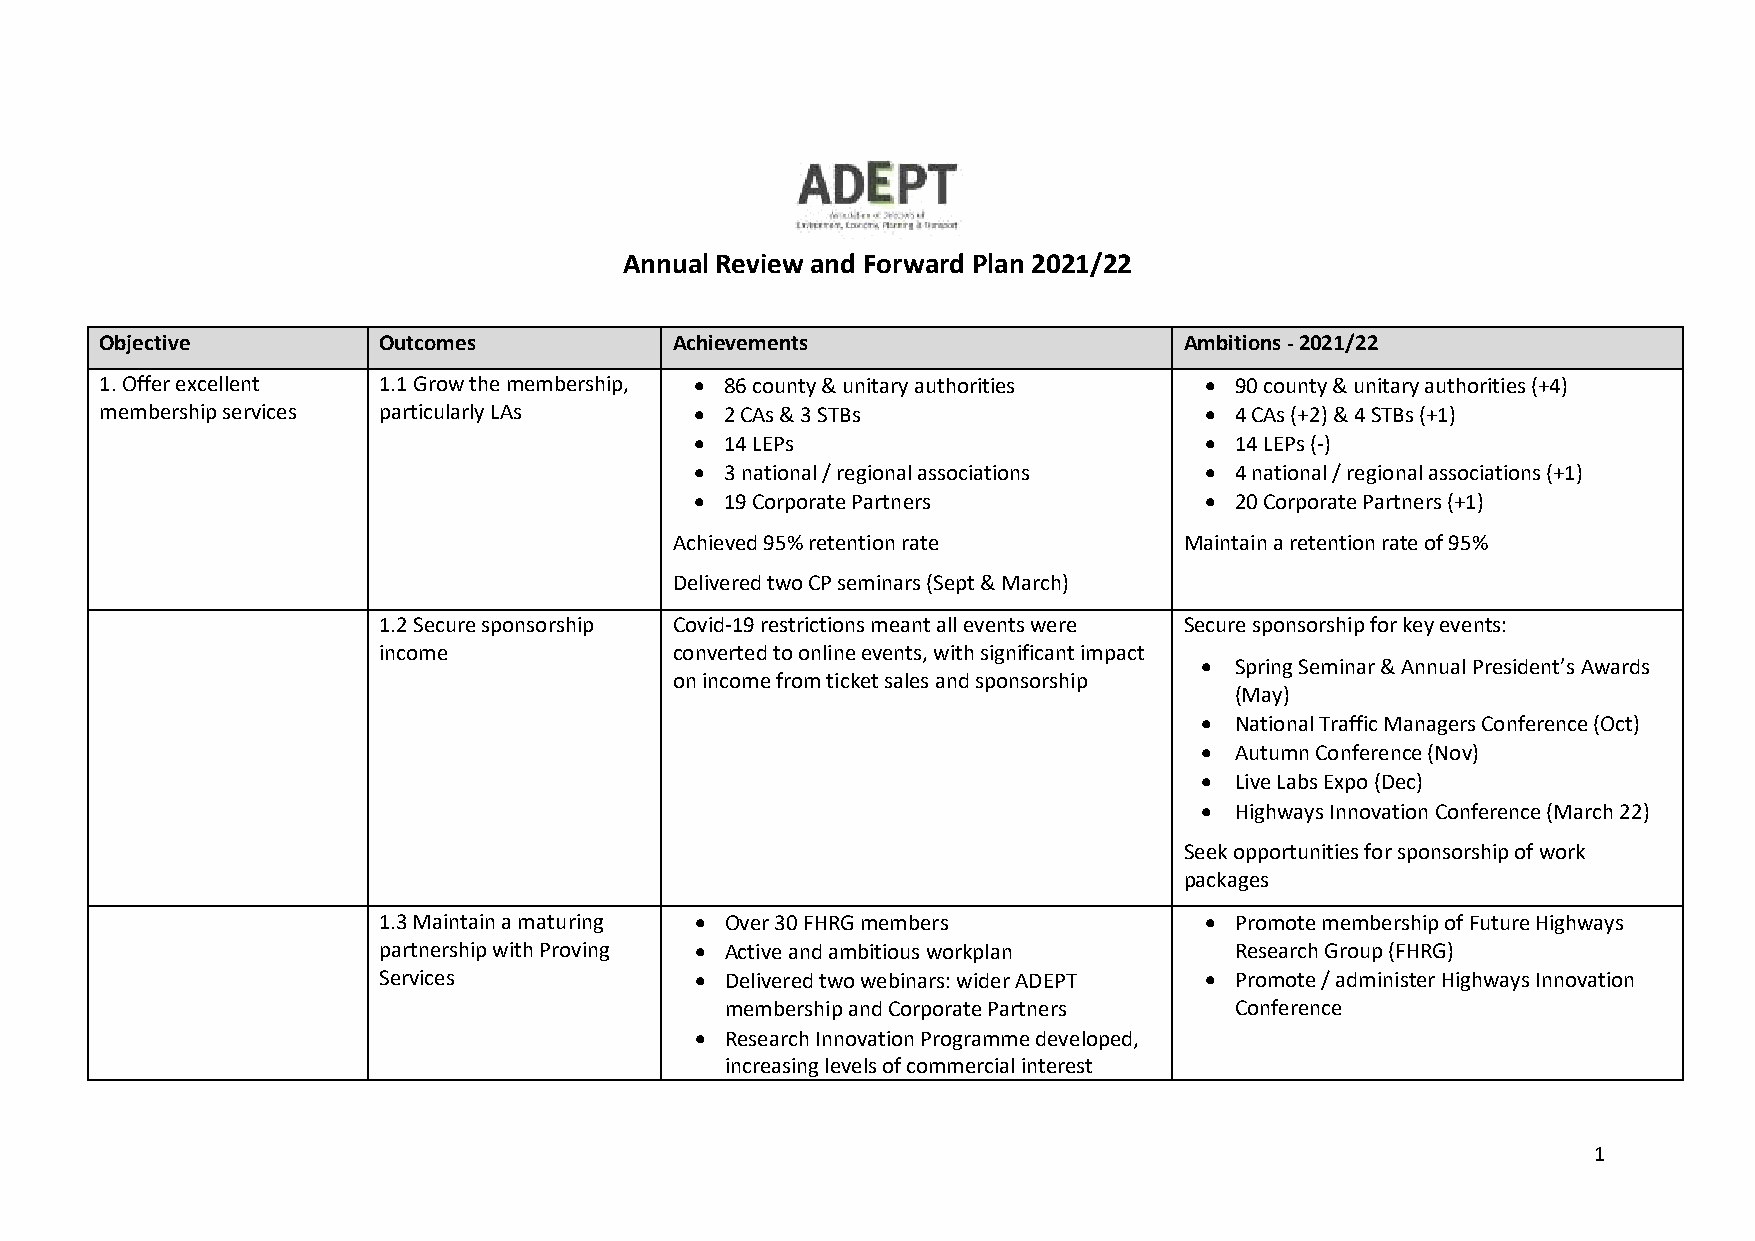
Annual Review and Forward Plan 2021/22
 Objective         Outcomes            Achievements                     Ambitions - 2021/22
 1. Offer excellent 1.1 Grow the membership, • 86 county & unitary authorities • 90 county & unitary authorities (+4)
 membership services particularly LAs   • 2 CAs & 3 STBs                  • 4 CAs (+2) & 4 STBs (+1)
 • 14 LEPs                         • 14 LEPs (-)
 • 3 national / regional associations • 4 national / regional associations (+1)
 • 19 Corporate Partners           • 20 Corporate Partners (+1)
 Achieved 95% retention rate      Maintain a retention rate of 95%
 Delivered two CP seminars (Sept & March)
 1.2 Secure sponsorship Covid-19 restrictions meant all events were Secure sponsorship for key events:
 income              converted to online events, with significant impact
 •  Spring Seminar & Annual President’s Awards
 on income from ticket sales and sponsorship
 (May)
 •  National Traffic Managers Conference (Oct)
 •  Autumn Conference (Nov)
 •  Live Labs Expo (Dec)
 •  Highways Innovation Conference (March 22)
 Seek opportunities for sponsorship of work
 packages
 1.3 Maintain a maturing • Over 30 FHRG members         • Promote membership of Future Highways
 partnership with Proving • Active and ambitious workplan Research Group (FHRG)
 Services             • Delivered two webinars: wider ADEPT • Promote / administer Highways Innovation
 membership and Corporate Partners Conference
 • Research Innovation Programme developed,
 increasing levels of commercial interest
 1